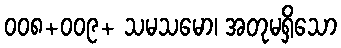
၀၀၈+၀၀၉+ သမသမော၊ အတုမရှိသော